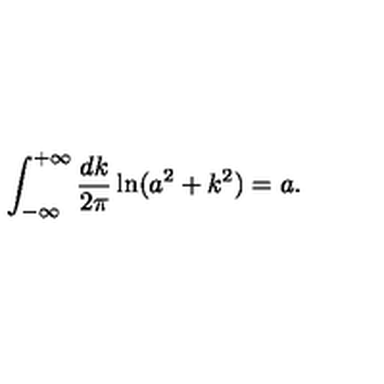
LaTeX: \int _ { - \infty } ^ { + \infty } \frac { d k } { 2 \pi } \ln ( a ^ { 2 } + k ^ { 2 } ) = a { . }